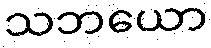
သဘယော